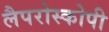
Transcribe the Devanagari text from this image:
लैपरोस्कोपी